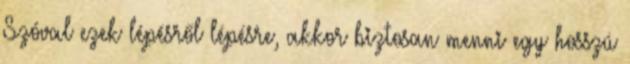
Szóval ezek lépésről lépésre, akkor biztosan menni egy hosszú